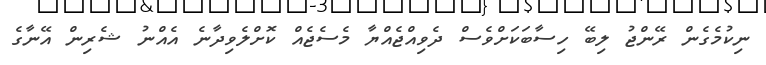
ނިކުމެގެން ރޭންޖު ލިބޭ ހިސާބަކަށްވެސް ދެވިއްޖެއްޔާ މެސެޖެއް ކޮށްލެވިދާނެ އެއްނު ޝެރިން އޭނާގެ